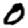
Digit: 0